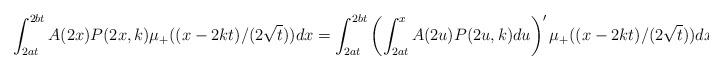
LaTeX: \begin{align*}\int_{2at}^{2bt} A(2x)P(2x,k) \mu_+((x-2k t)/(2\sqrt t))dx=\int_{2at}^{2bt} \left(\int_{2at}^x A(2u)P(2u,k)du\right)' \mu_+((x-2k t)/(2\sqrt t))dx\end{align*}